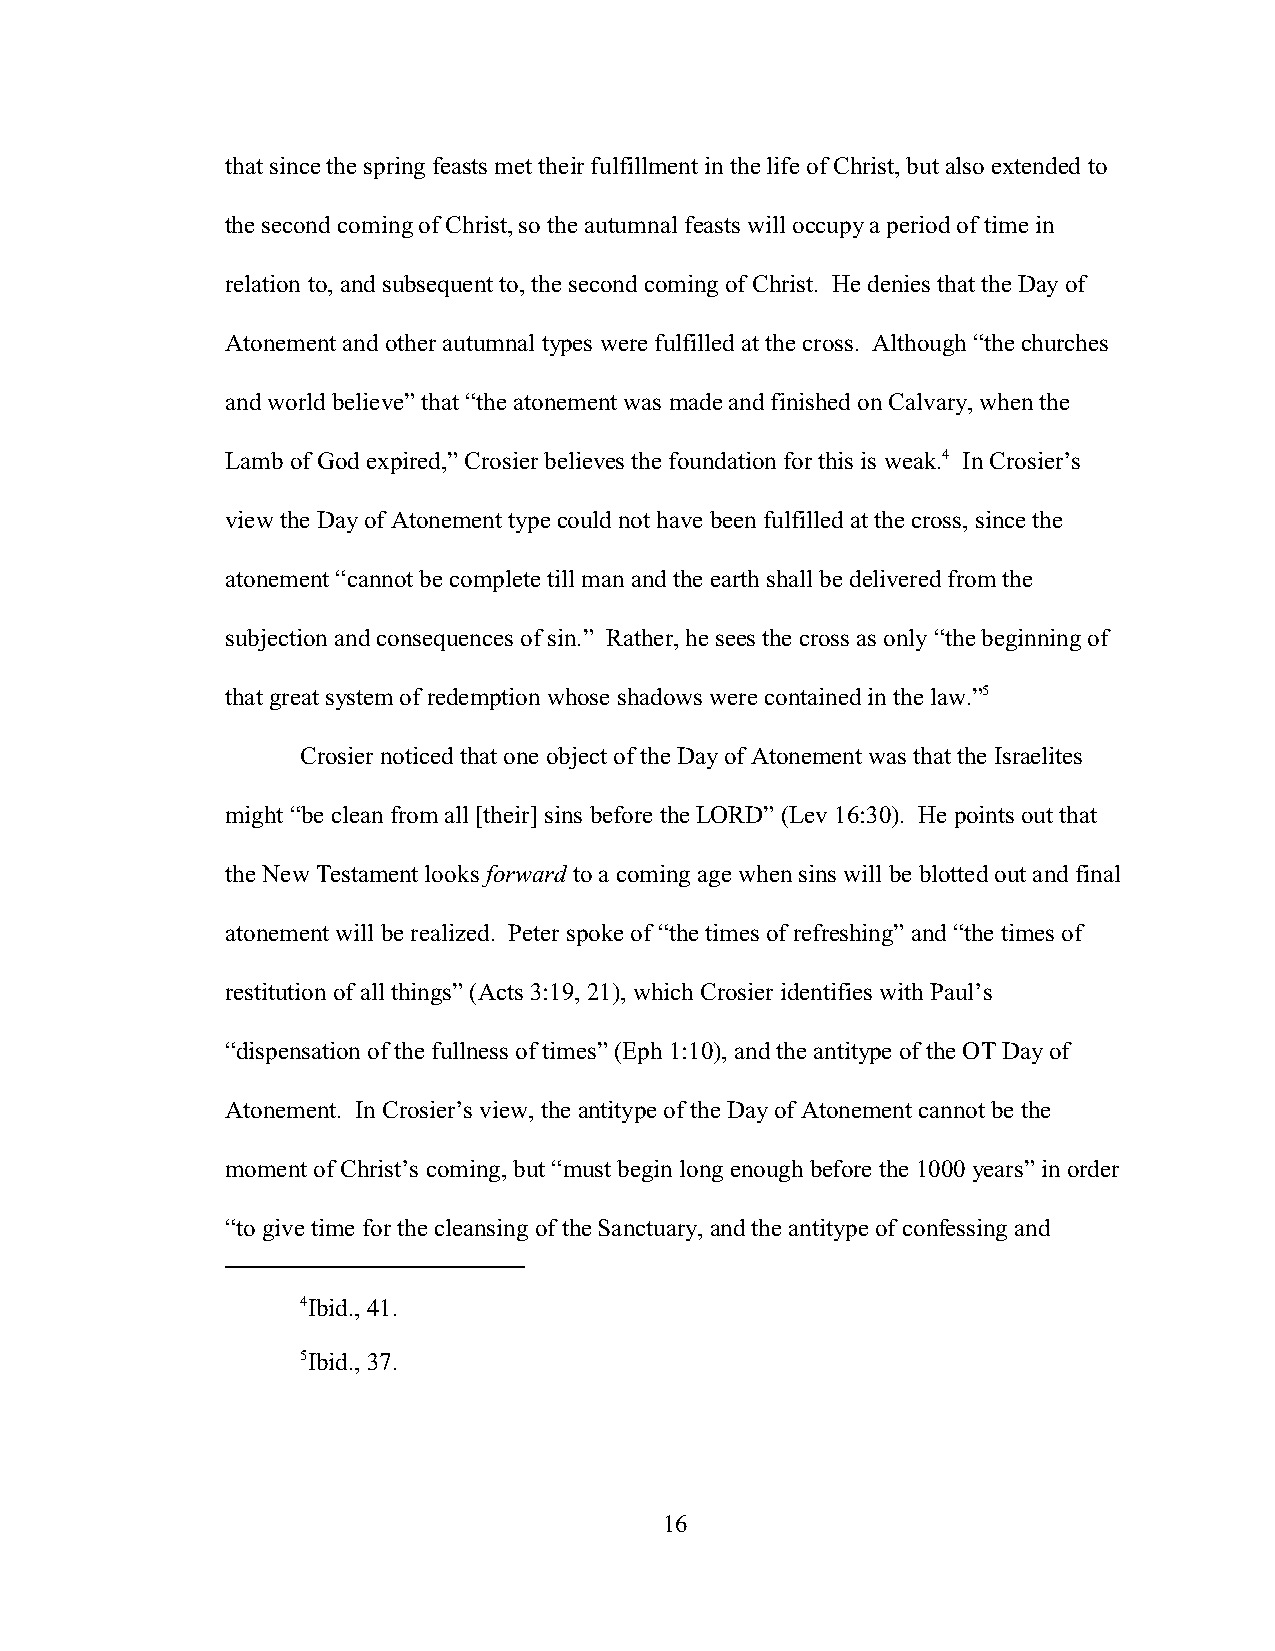
that since the spring feasts met their fulfillment in the life of Christ, but also extended to
 the second coming of Christ, so the autumnal feasts will occupy a period of time in
 relation to, and subsequent to, the second coming of Christ. He denies that the Day of
 Atonement and other autumnal types were fulfilled at the cross. Although “the churches
 and world believe” that “the atonement was made and finished on Calvary, when the
 Lamb of God expired,” Crosier believes the foundation for this is weak.4 In Crosier’s
 view the Day of Atonement type could not have been fulfilled at the cross, since the
 atonement “cannot be complete till man and the earth shall be delivered from the
 subjection and consequences of sin.” Rather, he sees the cross as only “the beginning of
 that great system of redemption whose shadows were contained in the law.”5
 Crosier noticed that one object of the Day of Atonement was that the Israelites
 might “be clean from all [their] sins before the LORD” (Lev 16:30). He points out that
 the New Testament looks forward to a coming age when sins will be blotted out and final
 atonement will be realized. Peter spoke of “the times of refreshing” and “the times of
 restitution of all things” (Acts 3:19, 21), which Crosier identifies with Paul’s
 “dispensation of the fullness of times” (Eph 1:10), and the antitype of the OT Day of
 Atonement. In Crosier’s view, the antitype of the Day of Atonement cannot be the
 moment of Christ’s coming, but “must begin long enough before the 1000 years” in order
 “to give time for the cleansing of the Sanctuary, and the antitype of confessing and
 4Ibid., 41.
 5Ibid., 37.
 16